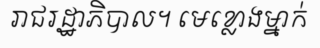
រាជរដ្ឋាភិបាល។ មេខ្លោងម្នាក់